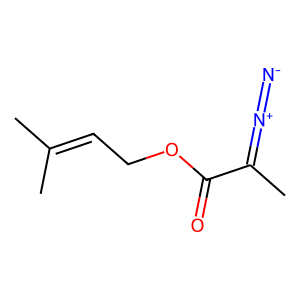
SMILES: CC(C)=CCOC(=O)C(C)=[N+]=[N-]
Inhibits HIV replication: No